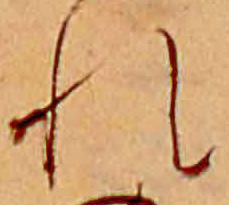
れ